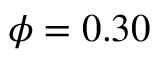
\phi = 0 . 3 0